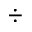
\div